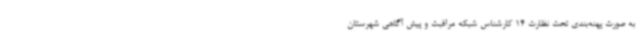
به صورت پهنه‌بندی تحت نظارت 14 کارشناس شبکه مراقبت و پیش آگاهی شهرستان